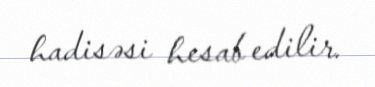
hadisəsi hesab edilir.